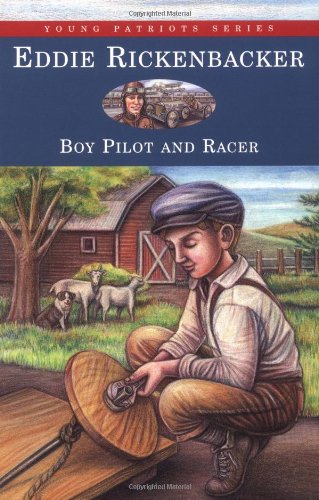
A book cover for Eddie Rickenbacker: Boy Pilot and Racer (Young Patriots Series); Kathryn Cleven Sisson; Children's Books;